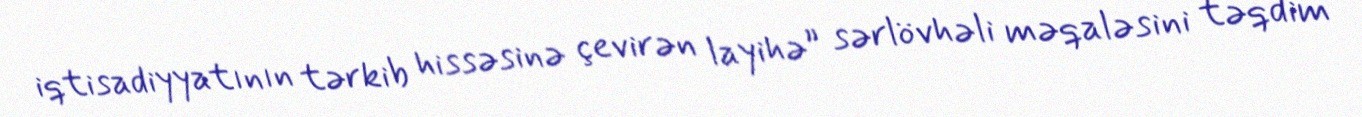
iqtisadiyyatının tərkib hissəsinə çevirən layihə” sərlövhəli məqaləsini təqdim